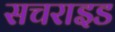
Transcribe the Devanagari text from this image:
सचराइड